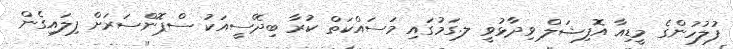
ފުލުހުންގެ މީޑިއާ އޮފިޝަލް ވިދާޅުވީ ލ.ގަމުގައި މަސައްކަތް ކުރާ ބިދޭސީއަކު ސްޕޮންސަރަށް ފިލައިގެން